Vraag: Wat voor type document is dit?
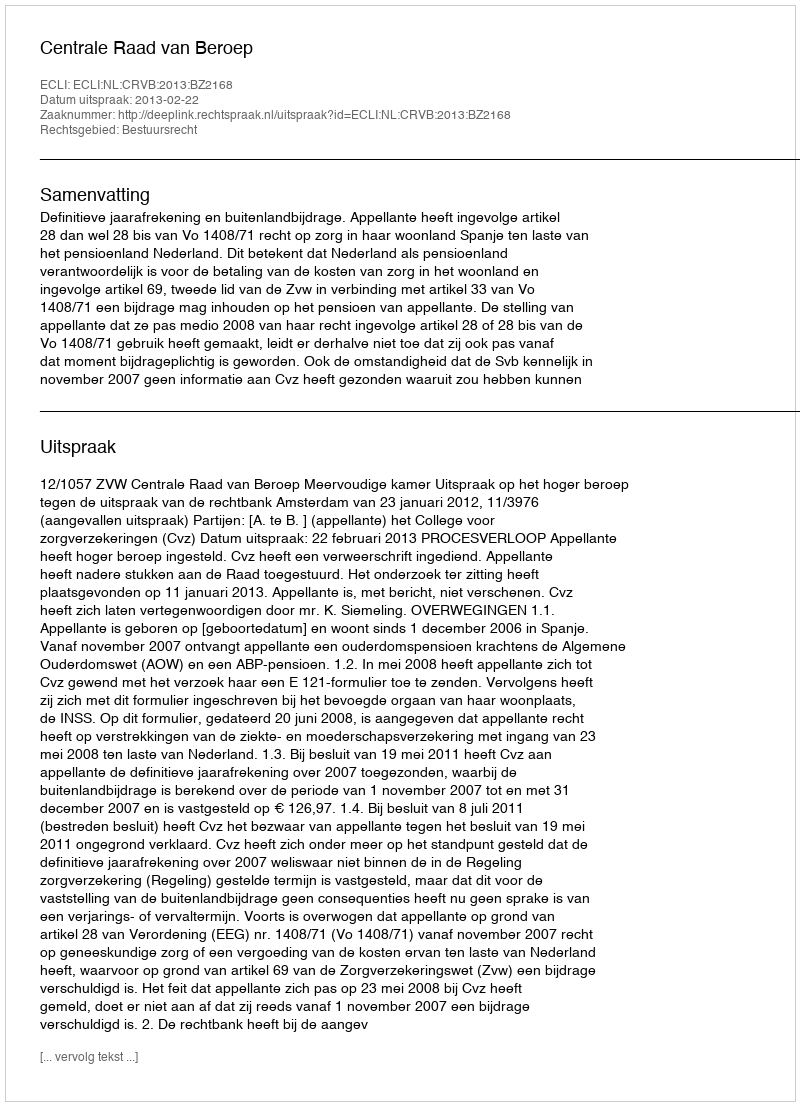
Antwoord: Uitspraak